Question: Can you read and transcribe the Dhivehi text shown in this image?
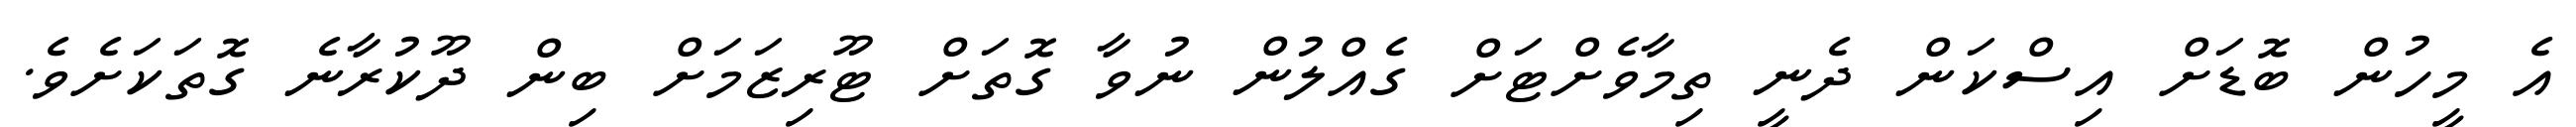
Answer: އެ މީހުން ބޮޑަށް އިސްކަން ދެނީ ތިމާވެށްޓަށް ގެއްލުން ނުވާ ގޮތަށް ޓޫރިޒަމަށް ބިން ދޫކުރާނެ ގޮތަކަށެވެ.